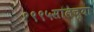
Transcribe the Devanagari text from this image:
१९९५सालच्या